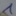
Text: 1